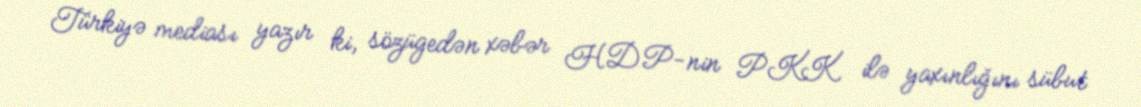
Türkiyə mediası yazır ki, sözügedən xəbər HDP-nin PKK ilə yaxınlığını sübut